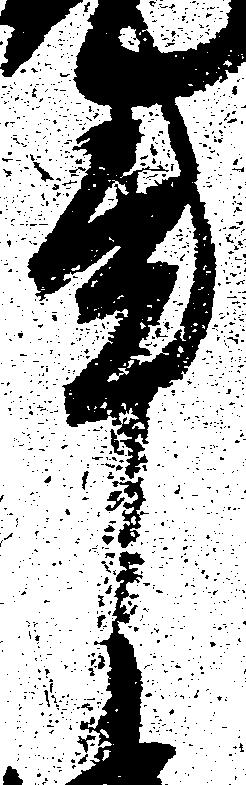
事